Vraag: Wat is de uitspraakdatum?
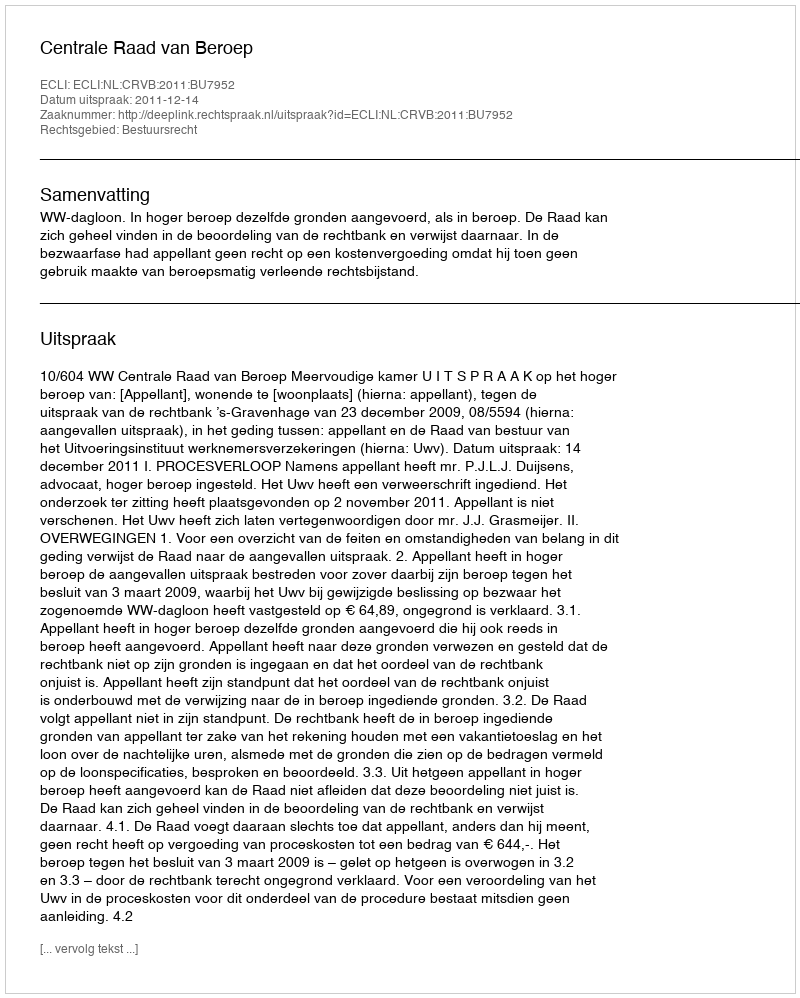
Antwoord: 2011-12-14